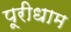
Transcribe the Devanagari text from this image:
पूरीधाम